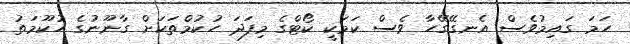
ހަމަ ގައިމުވެސް އެނގޭގޭހާ ވެސް ކަމަކީ ކޯޓްގެ މިފަދަ ހުކުމްތަކަށް ގާނޫނުގެ ހުކޫމަތު